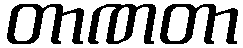
တာဏတာ